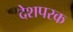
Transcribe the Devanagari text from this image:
देशपरक